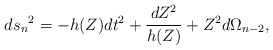
\begin{align*}{ds_n}^2 = -h(Z)dt^2 + \frac{dZ^2}{h(Z)} + Z^2 d\Omega_{n-2},\end{align*}